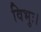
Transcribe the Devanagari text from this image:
विभुः।